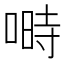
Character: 𠺮